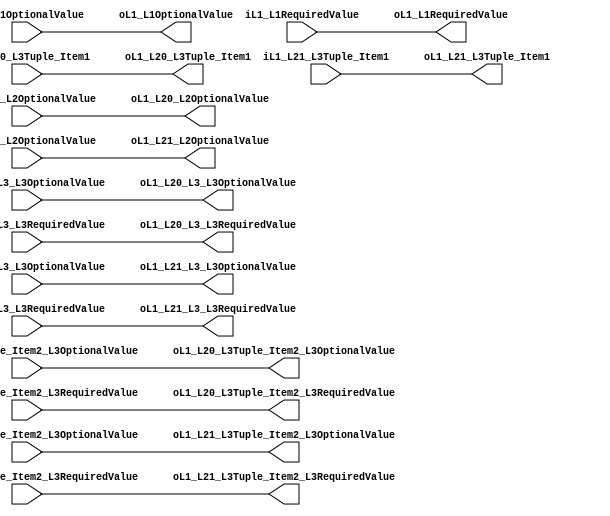
`timescale 1ns/1ps
`default_nettype none
// PLEASE READ THIS, IT MAY SAVE YOU SOME TIME AND MONEY, THANK YOU!
// * This file was generated by Quokka FPGA Toolkit.
// * Generated code is your property, do whatever you want with it
// * Place custom code between [BEGIN USER ***] and [END USER ***].
// * CAUTION: All code outside of [USER] scope is subject to regeneration.
// * Bad things happen sometimes in developer's life,
//   it is recommended to use source control management software (e.g. git, bzr etc) to keep your custom code safe'n'sound.
// * Internal structure of code is subject to change.
//   You can use some of signals in custom code, but most likely they will not exist in future (e.g. will get shorter or gone completely)
// * Please send your feedback, comments, improvement ideas etc. to evmuryshkin@gmail.com
// * Visit https://github.com/EvgenyMuryshkin/QuokkaEvaluation to access latest version of playground
//
// DISCLAIMER:
//   Code comes AS-IS, it is your responsibility to make sure it is working as expected
//   no responsibility will be taken for any loss or damage caused by use of Quokka toolkit.
//
// System configuration name is StructByMemberInternalL3MembersModule_TopLevel, clock frequency is 1Hz, Top-level
// FSM summary
// -- Packages
module StructByMemberInternalL3MembersModule_TopLevel
(
	// [BEGIN USER PORTS]
	// [END USER PORTS]
	input wire [0:0] iL1_L1OptionalValue,
	input wire iL1_L1RequiredValue,
	input wire [1:0] iL1_L20_L2OptionalValue,
	input wire iL1_L20_L3_L3OptionalValue,
	input wire signed [15:0] iL1_L20_L3_L3RequiredValue,
	input wire iL1_L20_L3Tuple_Item1,
	input wire iL1_L20_L3Tuple_Item2_L3OptionalValue,
	input wire signed [15:0] iL1_L20_L3Tuple_Item2_L3RequiredValue,
	input wire [1:0] iL1_L21_L2OptionalValue,
	input wire iL1_L21_L3_L3OptionalValue,
	input wire signed [15:0] iL1_L21_L3_L3RequiredValue,
	input wire iL1_L21_L3Tuple_Item1,
	input wire iL1_L21_L3Tuple_Item2_L3OptionalValue,
	input wire signed [15:0] iL1_L21_L3Tuple_Item2_L3RequiredValue,
	output wire [0:0] oL1_L1OptionalValue,
	output wire oL1_L1RequiredValue,
	output wire [1:0] oL1_L20_L2OptionalValue,
	output wire oL1_L20_L3_L3OptionalValue,
	output wire signed [15:0] oL1_L20_L3_L3RequiredValue,
	output wire oL1_L20_L3Tuple_Item1,
	output wire oL1_L20_L3Tuple_Item2_L3OptionalValue,
	output wire signed [15:0] oL1_L20_L3Tuple_Item2_L3RequiredValue,
	output wire [1:0] oL1_L21_L2OptionalValue,
	output wire oL1_L21_L3_L3OptionalValue,
	output wire signed [15:0] oL1_L21_L3_L3RequiredValue,
	output wire oL1_L21_L3Tuple_Item1,
	output wire oL1_L21_L3Tuple_Item2_L3OptionalValue,
	output wire signed [15:0] oL1_L21_L3Tuple_Item2_L3RequiredValue
);
	// [BEGIN USER SIGNALS]
	// [END USER SIGNALS]
	localparam HiSignal = 1'b1;
	localparam LoSignal = 1'b0;
	wire Zero = 1'b0;
	wire One = 1'b1;
	wire true = 1'b1;
	wire false = 1'b0;
	wire [0: 0] Inputs_iL1_L1OptionalValue;
	wire Inputs_iL1_L1RequiredValue;
	wire [0: 0] internalL1_L1OptionalValue;
	wire internalL1_L1RequiredValue;
	wire [36: 0] StructByMemberInternalModule_L76F17L93T18_Object;
	wire [16: 0] StructByMemberInternalModule_L87F25L91T26_Object;
	wire [17: 0] StructByMemberInternalModule_L85F21L92T22_Tuple;
	wire [36 : 0] Inputs_iL1_L2 [0 : 1];
	wire [36 : 0] internalL1_L2 [0 : 1];
	wire [36 : 0] StructByMemberInternalModule_L73F18L94T14_Enumerable [0 : 1];
	assign Inputs_iL1_L1OptionalValue = iL1_L1OptionalValue;
	assign Inputs_iL1_L1RequiredValue = iL1_L1RequiredValue;
	assign Inputs_iL1_L2[0][36] = iL1_L20_L3Tuple_Item1;
	assign Inputs_iL1_L2[0][35:20] = iL1_L20_L3Tuple_Item2_L3RequiredValue;
	assign Inputs_iL1_L2[0][19] = iL1_L20_L3Tuple_Item2_L3OptionalValue;
	assign Inputs_iL1_L2[0][18:3] = iL1_L20_L3_L3RequiredValue;
	assign Inputs_iL1_L2[0][2] = iL1_L20_L3_L3OptionalValue;
	assign Inputs_iL1_L2[0][1:0] = iL1_L20_L2OptionalValue;
	assign Inputs_iL1_L2[1][36] = iL1_L21_L3Tuple_Item1;
	assign Inputs_iL1_L2[1][35:20] = iL1_L21_L3Tuple_Item2_L3RequiredValue;
	assign Inputs_iL1_L2[1][19] = iL1_L21_L3Tuple_Item2_L3OptionalValue;
	assign Inputs_iL1_L2[1][18:3] = iL1_L21_L3_L3RequiredValue;
	assign Inputs_iL1_L2[1][2] = iL1_L21_L3_L3OptionalValue;
	assign Inputs_iL1_L2[1][1:0] = iL1_L21_L2OptionalValue;
	assign internalL1_L1OptionalValue = Inputs_iL1_L1OptionalValue;
	assign internalL1_L1RequiredValue = Inputs_iL1_L1RequiredValue;
	assign internalL1_L2[0] = Inputs_iL1_L2[0];
	assign internalL1_L2[1] = Inputs_iL1_L2[1];
	assign StructByMemberInternalModule_L76F17L93T18_Object[1:0] = internalL1_L2[1][1:0];
	assign StructByMemberInternalModule_L76F17L93T18_Object[2] = internalL1_L2[1][2];
	assign StructByMemberInternalModule_L76F17L93T18_Object[18:3] = internalL1_L2[1][18:3];
	assign StructByMemberInternalModule_L87F25L91T26_Object[0] = internalL1_L2[1][19];
	assign StructByMemberInternalModule_L87F25L91T26_Object[16:1] = internalL1_L2[1][35:20];
	assign StructByMemberInternalModule_L85F21L92T22_Tuple[17] = internalL1_L2[1][36];
	assign StructByMemberInternalModule_L85F21L92T22_Tuple[16:0] = StructByMemberInternalModule_L87F25L91T26_Object;
	assign StructByMemberInternalModule_L76F17L93T18_Object[36:19] = StructByMemberInternalModule_L85F21L92T22_Tuple;
	assign StructByMemberInternalModule_L73F18L94T14_Enumerable[0] = internalL1_L2[0];
	assign StructByMemberInternalModule_L73F18L94T14_Enumerable[1] = StructByMemberInternalModule_L76F17L93T18_Object;
	assign oL1_L1OptionalValue = internalL1_L1OptionalValue;
	assign oL1_L1RequiredValue = internalL1_L1RequiredValue;
	assign oL1_L20_L3Tuple_Item1 = StructByMemberInternalModule_L73F18L94T14_Enumerable[0][36];
	assign oL1_L20_L3Tuple_Item2_L3RequiredValue = StructByMemberInternalModule_L73F18L94T14_Enumerable[0][35:20];
	assign oL1_L20_L3Tuple_Item2_L3OptionalValue = StructByMemberInternalModule_L73F18L94T14_Enumerable[0][19];
	assign oL1_L20_L3_L3RequiredValue = StructByMemberInternalModule_L73F18L94T14_Enumerable[0][18:3];
	assign oL1_L20_L3_L3OptionalValue = StructByMemberInternalModule_L73F18L94T14_Enumerable[0][2];
	assign oL1_L20_L2OptionalValue = StructByMemberInternalModule_L73F18L94T14_Enumerable[0][1:0];
	assign oL1_L21_L3Tuple_Item1 = StructByMemberInternalModule_L73F18L94T14_Enumerable[1][36];
	assign oL1_L21_L3Tuple_Item2_L3RequiredValue = StructByMemberInternalModule_L73F18L94T14_Enumerable[1][35:20];
	assign oL1_L21_L3Tuple_Item2_L3OptionalValue = StructByMemberInternalModule_L73F18L94T14_Enumerable[1][19];
	assign oL1_L21_L3_L3RequiredValue = StructByMemberInternalModule_L73F18L94T14_Enumerable[1][18:3];
	assign oL1_L21_L3_L3OptionalValue = StructByMemberInternalModule_L73F18L94T14_Enumerable[1][2];
	assign oL1_L21_L2OptionalValue = StructByMemberInternalModule_L73F18L94T14_Enumerable[1][1:0];
	// [BEGIN USER ARCHITECTURE]
	// [END USER ARCHITECTURE]
endmodule